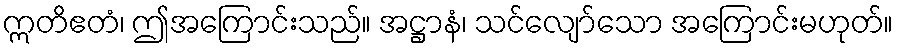
ဣတိဧတံ၊ ဤအကြောင်းသည်။ အဋ္ဌာနံ၊ သင်လျော်သော အကြောင်းမဟုတ်။